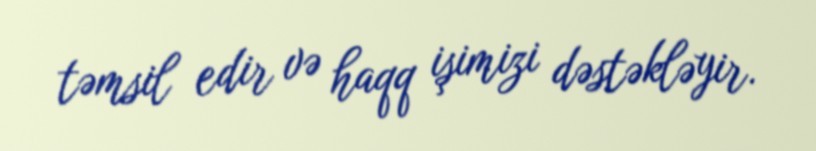
təmsil edir və haqq işimizi dəstəkləyir.